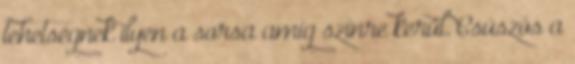
tehetségnek ilyen a sorsa amíg színre kerül. Csúszós a